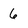
Character: 6